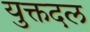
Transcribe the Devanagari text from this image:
युक्तदल